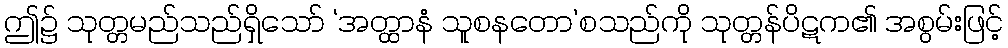
ဤ၌ သုတ္တမည်သည်ရှိသော် ‘အတ္ထာနံ သူစနတော’စသည်ကို သုတ္တန်ပိဋက၏ အစွမ်းဖြင့်